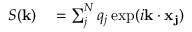
\begin{array} { r l } { S ( \mathbf { k } ) } & { { } = \sum _ { j } ^ { N } q _ { j } \exp ( i \mathbf { k } \cdot \mathbf { x _ { j } } ) } \end{array}